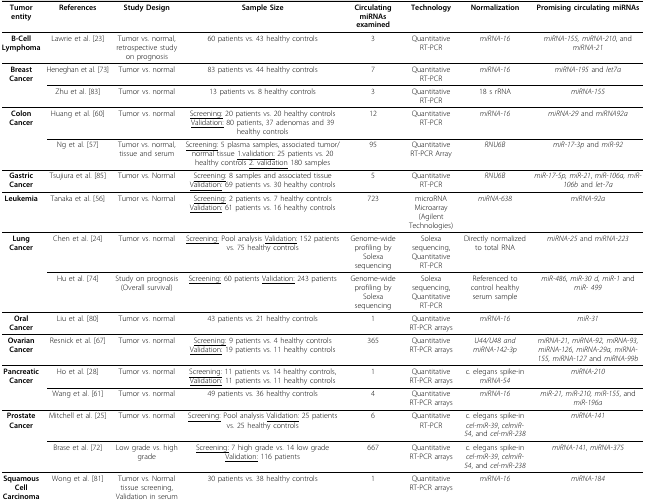
<table><thead><tr><td><b>Tumor entity</b></td><td><b>References</b></td><td><b>StudyDesign</b></td><td><b>Sample Size</b></td><td><b>Circulating miRNAs examined</b></td><td><b>Technology</b></td><td><b>Normalization</b></td><td><b>Promising circulating miRNAs</b></td></tr></thead><tbody><tr><td><b>B-Cell Lymphoma</b></td><td>Lawrie et al.[23]</td><td>Tumor vs. normal, retrospective study on prognosis</td><td>60 patients vs. 43 healthy controls</td><td>3</td><td>QuantitativeRT-PCR</td><td><i>miRNA-16</i></td><td><i>miRNA-155, miRNA-210</i>, and <i>miRNA-21</i></td></tr><tr><td><b>Breast Cancer</b></td><td>Heneghan et al.[73]</td><td>Tumor vs. normal</td><td>83 patients vs.44 healthy controls</td><td>7</td><td>QuantitativeRT-PCR</td><td><i>miRNA-16</i></td><td><i>miRNA-195 </i>and <i>let7a</i></td></tr><tr><td></td><td>Zhu et al.[83]</td><td>Tumor vs. normal</td><td>13 patients vs.8 healthy controls</td><td>3</td><td>QuantitativeRT-PCR</td><td>18 s rRNA</td><td><i>miRNA-155</i></td></tr><tr><td><b>Colon Cancer</b></td><td>Huang et al.[60]</td><td>Tumor vs. normal</td><td><underline>Screening:</underline>20 patients vs. 20 healthy controls<underline>Validation:</underline>80 patients, 37 adenomas and 39 healthy controls</td><td>12</td><td>QuantitativeRT-PCR</td><td><i>miRNA-16</i></td><td><i>miRNA-29 </i>and <i>miRNA92a</i></td></tr><tr><td></td><td>Ng et al.[57]</td><td>Tumor vs. normal, tissue and serum</td><td><underline>Screening:</underline>5 plasma samples, associated tumor/normal tissue<underline>1.validation:</underline>25 patients vs. 20 healthy controls<underline>2. validation</underline>180 samples</td><td>95</td><td>QuantitativeRT-PCR Array</td><td><i>RNU6B</i></td><td><i>miR-17-3p </i>and <i>miR-92</i></td></tr><tr><td><b>Gastric Cancer</b></td><td>Tsujiura et al.[85]</td><td>Tumor vs. Normal</td><td><underline>Screening:</underline>8 samples and associated tissue<underline>Validation:</underline>69 patients vs. 30 healthy controls</td><td>5</td><td>QuantitativeRT-PCR</td><td><i>RNU6B</i></td><td><i>miR-17-5p, miR-21</i>,<i>miR-106a, miR-106b </i>and<i>let-7a</i></td></tr><tr><td><b>Leukemia</b></td><td>Tanaka et al.[56]</td><td>Tumor vs. Normal</td><td><underline>Screening:</underline>2 patients vs.7 healthy controls<underline>Validation:</underline>61 patients vs. 16 healthy controls</td><td>723</td><td>microRNA Microarray (Agilent Technologies)</td><td><i>miRNA-638</i></td><td><i>miRNA-92a</i></td></tr><tr><td><b>Lung Cancer</b></td><td>Chen et al.[24]</td><td>Tumor vs. normal</td><td><underline>Screening:</underline>Pool analysis<underline>Validation:</underline>152 patients vs. 75 healthy controls</td><td>Genome-wide profiling by Solexa sequencing</td><td>Solexa sequencing, QuantitativeRT-PCR</td><td>Directly normalized to total RNA</td><td><i>miRNA-25 </i>and <i>miRNA-223</i></td></tr><tr><td></td><td>Hu et al.[74]</td><td>Study on prognosis (Overall survival)</td><td><underline>Screening:</underline>60 patients<underline>Validation:</underline>243 patients</td><td>Genome-wide profiling by Solexa sequencing</td><td>Solexa sequencing, QuantitativeRT-PCR</td><td>Referenced to control healthy serum sample</td><td><i>miR-486, miR-30 d, miR-1 </i>and <i>miR- 499</i></td></tr><tr><td><b>Oral Cancer</b></td><td>Liu et al.[80]</td><td>Tumor vs. normal</td><td>43 patients vs.21 healthy controls</td><td>1</td><td>QuantitativeRT-PCR arrays</td><td><i>miRNA-16</i></td><td><i>miR-31</i></td></tr><tr><td><b>Ovarian Cancer</b></td><td>Resnick et al.[67]</td><td>Tumor vs. normal</td><td><underline>Screening:</underline>9 patients vs. 4 healthy controls<underline>Validation:</underline>19 patients vs. 11 healthy controls</td><td>365</td><td>QuantitativeRT-PCR arrays</td><td><i>U44/U48 and miRNA-142-3p</i></td><td><i>miRNA-21, miRNA-92, miRNA-93, miRNA-126, miRNA-29a, miRNA-155, miRNA-127 </i>and <i>miRNA-99b</i></td></tr><tr><td><b>Pancreatic Cancer</b></td><td>Ho et al.[28]</td><td>Tumor vs. normal</td><td><underline>Screening:</underline>11 patients vs. 14 healthy controls,<underline>Validation:</underline>11 patients vs. 11 healthy controls</td><td>1</td><td>QuantitativeRT-PCR arrays</td><td>c. elegans spike-in <i>miRNA-54</i></td><td><i>miRNA-210</i></td></tr><tr><td></td><td>Wang et al.[61]</td><td>Tumor vs. normal</td><td>49 patients vs. 36 healthy controls</td><td>4</td><td>QuantitativeRT-PCR arrays</td><td><i>miRNA-16</i></td><td><i>miR-21, miR-210, miR-155</i>, and <i>miR-196a</i></td></tr><tr><td><b>Prostate Cancer</b></td><td>Mitchell et al.[25]</td><td>Tumor vs. normal</td><td><underline>Screening:</underline>Pool analysis<underline>Validation:</underline>25 patients vs. 25 healthy controls</td><td>6</td><td>QuantitativeRT-PCR</td><td>c. elegans spike-in <i>cel-miR-39</i>, <i>celmiR-54</i>, and <i>cel-miR-238</i></td><td><i>miRNA-141</i></td></tr><tr><td></td><td>Brase et al.[72]</td><td>Low grade vs. high grade</td><td><underline>Screening:</underline>7 high grade vs. 14 low grade<underline>Validation:</underline>116 patients</td><td>667</td><td>QuantitativeRT-PCR arrays</td><td>c. elegans spike-in<i>cel-miR-39</i>, <i>celmiR-54</i>, and <i>cel-miR-238</i></td><td><i>miRNA-141</i>,<i>miRNA-375</i></td></tr><tr><td><b>Squamous Cell Carcinoma</b></td><td>Wong et al.[81]</td><td>Tumor vs. Normal tissue screening,Validation in serum</td><td>30 patients vs. 38 healthy controls</td><td>1</td><td>QuantitativeRT-PCR arrays</td><td><i>miRNA-16</i></td><td><i>miRNA-184</i></td></tr></tbody></table>